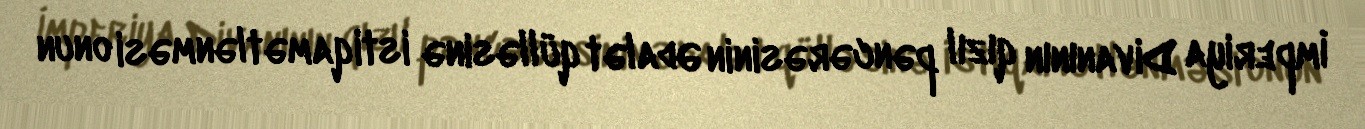
İmperiya Divanının qızıl pəncərəsinin Ədalət qülləsinə istiqamətlənməsi onun